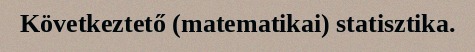
Következtető (matematikai) statisztika.